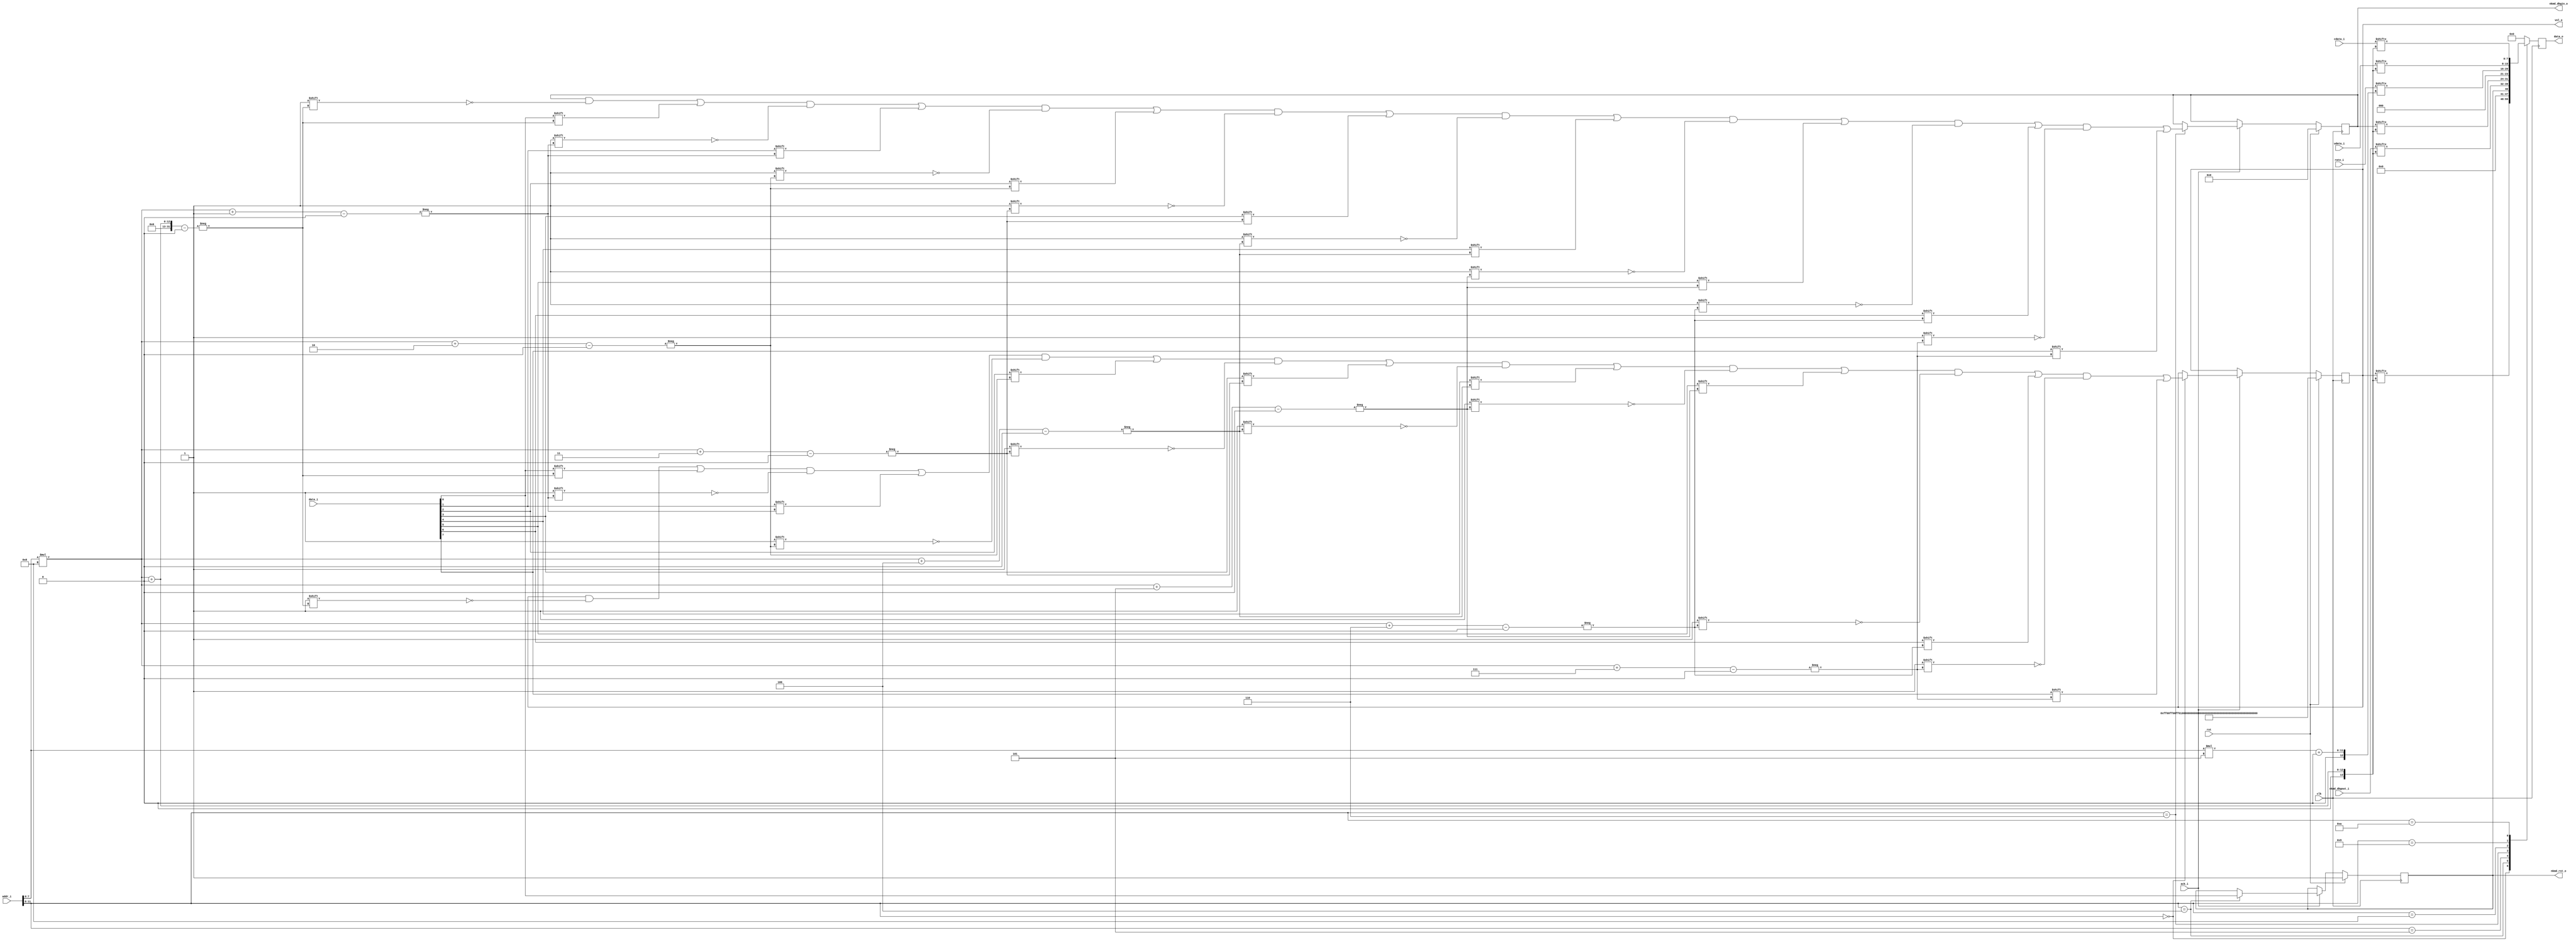
module csr#(
    parameter NUM_CH = 8,
    parameter NUM_SPDIF_IN = 3,
    parameter NUM_RATE = 5,

    parameter VOL_WIDTH = NUM_CH*32,
    parameter NKMDDBG_WIDTH = 16*8,
    parameter RATE_WIDTH = NUM_SPDIF_IN*NUM_RATE,
    parameter UDATA_WIDTH = NUM_SPDIF_IN*192,
    parameter CDATA_WIDTH = UDATA_WIDTH
)(
    input wire clk,
    input wire rst,

    // memory if
    input wire [11:0] addr_i,

    input wire ack_i,
    input wire [7:0] data_i,

    output wire [7:0] data_o,

    // registers access
    output wire [(VOL_WIDTH-1):0] vol_o, // addr: 12'h000 ~
    output wire nkmd_rst_o, // addr: 12'h400
    input wire [(NKMDDBG_WIDTH-1):0] nkmd_dbgout_i, // addr: 12'h500 ~ 12'h50f
    output wire [(NKMDDBG_WIDTH-1):0] nkmd_dbgin_o, // addr: 12'h600 ~ 12'h60f
    input wire [(RATE_WIDTH-1):0] rate_i,  // addr: 12'h800 ~
    input wire [(UDATA_WIDTH-1):0] udata_i,  // addr: 12'h900 ~
    input wire [(CDATA_WIDTH-1):0] cdata_i  // addr: 12'ha00 ~
    );

reg [7:0] data_o_ff;
reg ack_o_ff;

wire [3:0] addr_tag = addr_i[11:8];
wire [7:0] addr_offset = addr_i[7:0];

reg [(VOL_WIDTH-1):0] vol_ff;
assign vol_o = vol_ff;

reg nkmd_rst_ff;
assign nkmd_rst_o = nkmd_rst_ff;
reg [(NKMDDBG_WIDTH-1):0] nkmd_dbgin_ff;
assign nkmd_dbgin_o = nkmd_dbgin_ff;

integer i;
always @(posedge clk) begin
    if(rst) begin
        vol_ff <= {(NUM_CH*2){16'h00ff}};
        nkmd_rst_ff <= 1'b1;
        nkmd_dbgin_ff <= {(NKMDDBG_WIDTH){1'b0}};
    end else if(ack_i) begin
        case(addr_tag)
            4'h0: begin
                // ISE bug workaround... :(
                for(i = 0; i < 8; i = i + 1)
                    vol_ff[(addr_offset*8 + i)] <= data_i[i];
            end
            4'h4: begin
                nkmd_rst_ff <= data_i[0];
            end
            4'h6: begin
                // ISE bug workaround... :(
                for(i = 0; i < 8; i = i + 1)
                    nkmd_dbgin_ff[(addr_offset*8 + i)] <= data_i[i];
            end
        endcase
    end
end

always @(posedge clk) begin
    case(addr_tag)
        4'h0:
            data_o_ff <= vol_ff[(addr_offset*8) +: 8];
        4'h4:
            data_o_ff <= {7'b0000_000, nkmd_rst_ff};
        4'h5:
            data_o_ff <= nkmd_dbgout_i[(addr_offset*8) +: 8];
        4'h6:
            data_o_ff <= nkmd_dbgin_ff[(addr_offset*8) +: 8];
        4'h8:
            data_o_ff <= rate_i[(addr_offset*NUM_RATE) +: NUM_RATE];
        4'h9:
            data_o_ff <= udata_i[(addr_offset*8) +: 8];
        4'ha:
            data_o_ff <= cdata_i[(addr_offset*8) +: 8];
        default:
            data_o_ff <= 0;
    endcase
end
assign data_o = data_o_ff;

endmodule